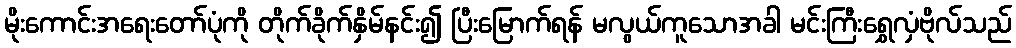
မိုးကောင်းအရေးတော်ပုံကို တိုက်ခိုက်နှိမ်နင်း၍ ပြီးမြောက်ရန် မလွယ်ကူသောအခါ မင်းကြီးရွှေလှံဗိုလ်သည်